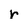
Character: r